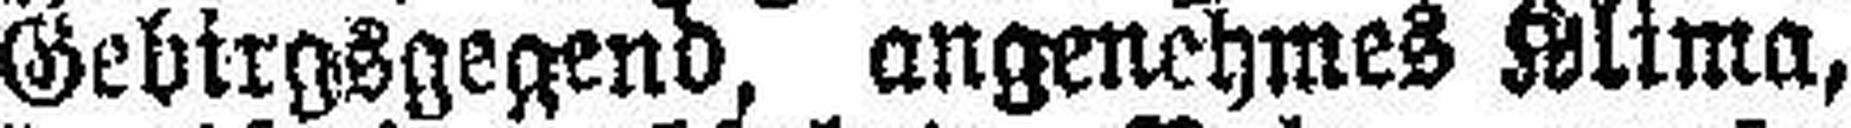
Gebirgsgegend, angenehmes Klima,